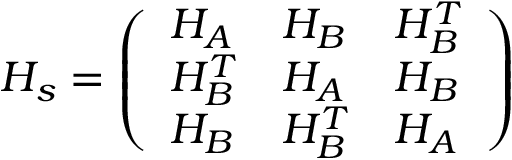
H _ { s } = \left( \begin{array} { l l l } { H _ { A } } & { H _ { B } } & { H _ { B } ^ { T } } \\ { H _ { B } ^ { T } } & { H _ { A } } & { H _ { B } } \\ { H _ { B } } & { H _ { B } ^ { T } } & { H _ { A } } \end{array} \right)